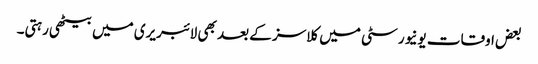
بعض اوقات یونیورسٹی میں کلاسز کے بعد بھی لائبریری میں بیٹھی رہتی۔